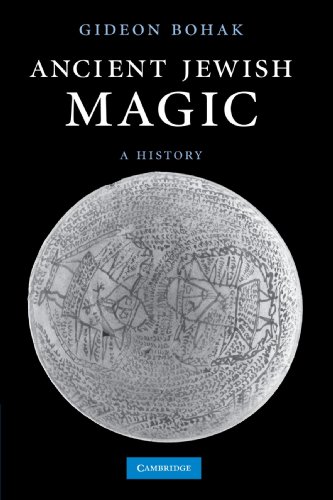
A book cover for Ancient Jewish Magic: A History; Gideon Bohak; Religion & Spirituality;